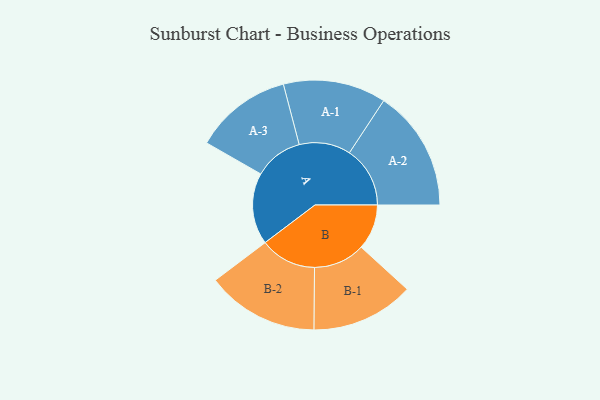
{"axis": {"x": "Segment", "y": "Value"}, "legend": ["", "A", "B"], "data": [{"x": "A", "y": 342, "type": ""}, {"x": "B", "y": 217, "type": ""}, {"x": "A-1", "y": 246, "type": "A"}, {"x": "A-2", "y": 290, "type": "A"}, {"x": "A-3", "y": 233, "type": "A"}, {"x": "B-1", "y": 246, "type": "B"}, {"x": "B-2", "y": 269, "type": "B"}]}